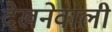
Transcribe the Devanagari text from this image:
देखनेवाली